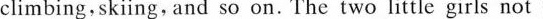
climbing, sking, and so on. The two littie girls not